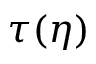
\tau ( \eta )